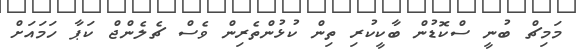
މަމިޗް ބުނީ ސްކޮޑުން ބާކީކުރި ތިން ކުޅުންތެރިން ވެސް ޗެލެންޖް ކަޕާ ހަމައަށް